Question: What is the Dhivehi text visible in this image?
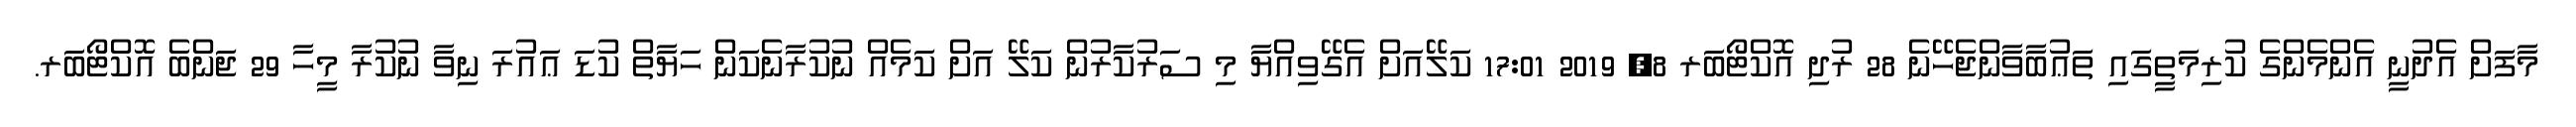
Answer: މާފަށް އެދުނީ އެންމެންގެ ކުރިމަތީގައި ތަޢުބާވާންޖެހޭނެ 28 ރުދި އޮކްޓޯބަރ 8, 2019 17:01 ކަލޭއަށް އެގޭވިއްޔާ މި ސަރުކާރުން ކަލޭ އަށް ކަމެއް ނުކުރާނެކަން ހަޔާތް ކުޑަ ޢައުރަ ނިވާ ނުކުރާ މީހާ 29 ޖަންބެ އޮކްޓޯބަރ.